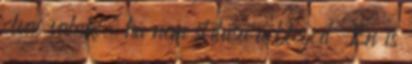
olvas valaki, ha nem stílusa a blogod Én is